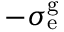
- \sigma _ { \mathrm { e } } ^ { \mathrm { g } }